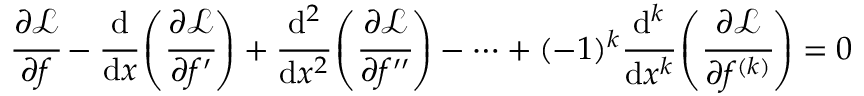
{ \cfrac { \partial { \mathcal { L } } } { \partial f } } - { \cfrac { \mathrm { d } } { \mathrm { d } x } } \left( { \cfrac { \partial { \mathcal { L } } } { \partial f ^ { \prime } } } \right) + { \cfrac { \mathrm { d } ^ { 2 } } { \mathrm { d } x ^ { 2 } } } \left( { \cfrac { \partial { \mathcal { L } } } { \partial f ^ { \prime \prime } } } \right) - \dots + ( - 1 ) ^ { k } { \cfrac { \mathrm { d } ^ { k } } { \mathrm { d } x ^ { k } } } \left( { \cfrac { \partial { \mathcal { L } } } { \partial f ^ { ( k ) } } } \right) = 0